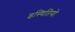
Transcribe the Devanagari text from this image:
इस्थितियो